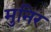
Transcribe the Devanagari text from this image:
मुनिर